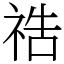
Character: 祰